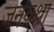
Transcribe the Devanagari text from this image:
जनयथा